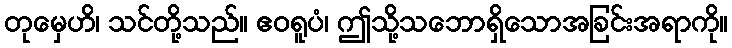
တုမှေဟိ၊ သင်တို့သည်။ ဧဝရူပံ၊ ဤသို့သဘောရှိသောအခြင်းအရာကို။